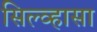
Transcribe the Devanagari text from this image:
सिल्व्हासा